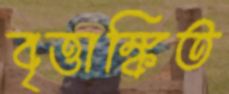
বৃত্তাঙ্কিত